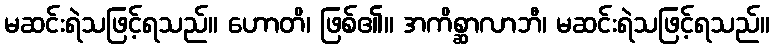
မဆင်းရဲသဖြင့်ရသည်။ ဟောတိ၊ ဖြစ်၏။ အကိစ္ဆာလာဘီ၊ မဆင်းရဲသဖြင့်ရသည်။